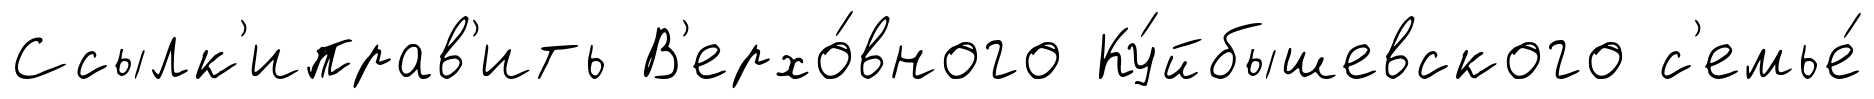
Ссылк'иправ'ить В'ерхо́вного Ку́йбышевского с'емье́